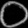
Digit: ၀